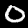
Label: 0